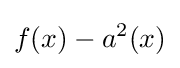
f(x)-a^{2}(x)